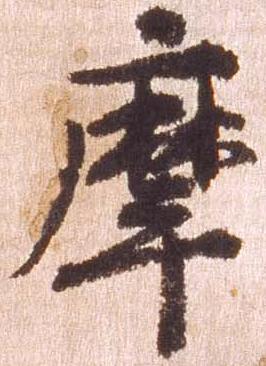
摩